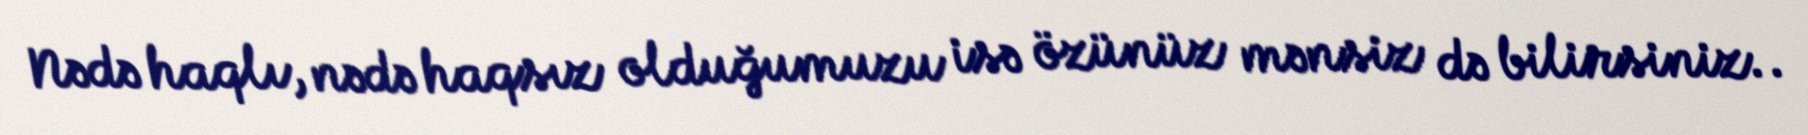
Nədə haqlı, nədə haqsız olduğumuzu isə özünüz mənsiz də bilirsiniz..